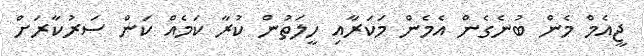
ޖީއެމް މެން ބުނެގެން އެމެން މަކަރާއި ހީލަތުން ކުރާ ކަމެއް ކަން ސަރުކާރަށް